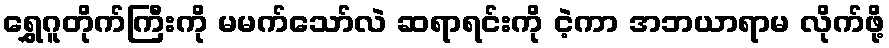
ရွှေဂူတိုက်ကြီးကို မမက်သော်လဲ ဆရာရင်းကို ငဲ့ကာ အဘယာရာမ လိုက်ဖို့